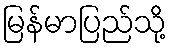
မြန်မာပြည်သို့